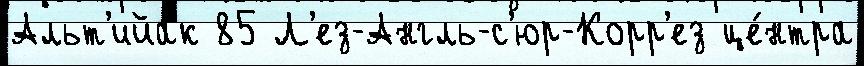
Альт'ийак 85 Л'ез-Англь-с'юр-Корр'ез це́нтра